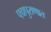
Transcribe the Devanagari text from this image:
पद्मपुराणात